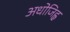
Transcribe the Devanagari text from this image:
अधोजिह्व